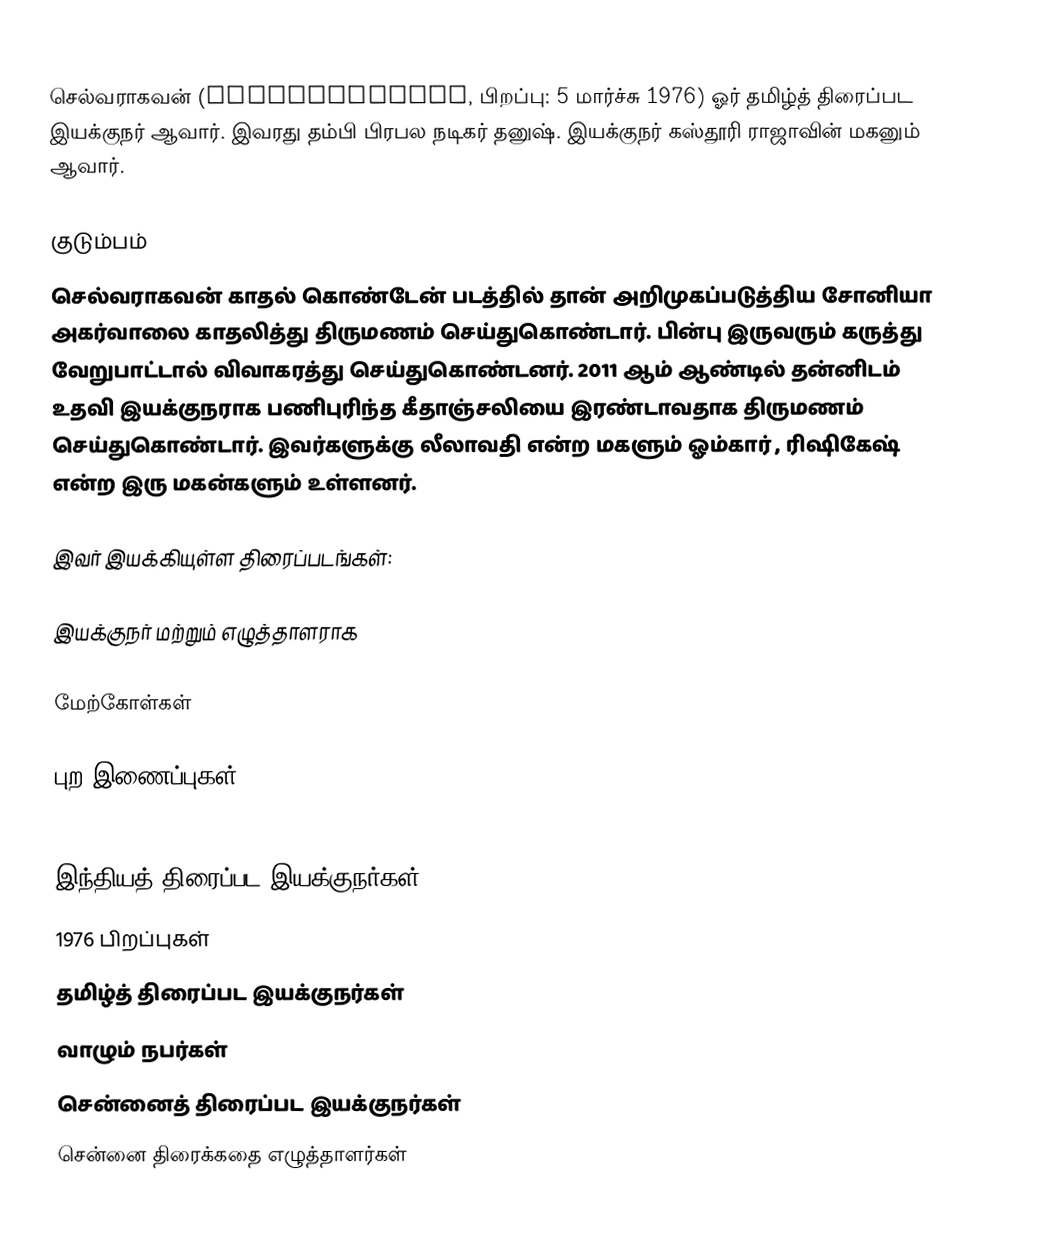
செல்வராகவன் (Selvaraghavan, பிறப்பு: 5 மார்ச்சு 1976) ஓர் தமிழ்த் திரைப்பட இயக்குநர் ஆவார். இவரது தம்பி பிரபல நடிகர் தனுஷ். இயக்குநர் கஸ்தூரி ராஜாவின் மகனும் ஆவார்.

குடும்பம்
செல்வராகவன் காதல் கொண்டேன் படத்தில் தான் அறிமுகப்படுத்திய சோனியா அகர்வாலை காதலித்து திருமணம் செய்துகொண்டார். பின்பு இருவரும் கருத்து வேறுபாட்டால் விவாகரத்து செய்துகொண்டனர். 2011 ஆம் ஆண்டில் தன்னிடம் உதவி இயக்குநராக பணிபுரிந்த கீதாஞ்சலியை இரண்டாவதாக திருமணம் செய்துகொண்டார். இவர்களுக்கு லீலாவதி என்ற மகளும் ஓம்கார் , ரிஷிகேஷ் என்ற இரு மகன்களும் உள்ளனர்.

இவர் இயக்கியுள்ள திரைப்படங்கள்:

இயக்குநர் மற்றும் எழுத்தாளராக

மேற்கோள்கள்

புற இணைப்புகள்

இந்தியத் திரைப்பட இயக்குநர்கள்
1976 பிறப்புகள்
தமிழ்த் திரைப்பட இயக்குநர்கள்
வாழும் நபர்கள்
சென்னைத் திரைப்பட இயக்குநர்கள்
சென்னை திரைக்கதை எழுத்தாளர்கள்